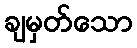
ချမှတ်သော